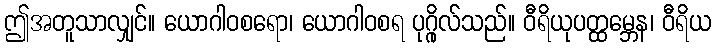
ဤအတူသာလျှင်။ ယောဂါဝစရော၊ ယောဂါဝစရ ပုဂ္ဂိုလ်သည်။ ဝီရိယုပတ္ထမ္ဘေန၊ ဝီရိယ